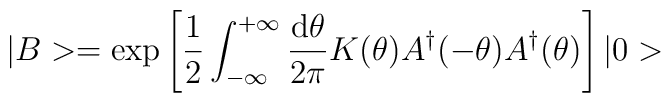
|B>=\exp\left[\frac{1}{2}\int_{-\infty}^{+\infty}\frac{\mbox{d}\theta}{2\pi}K(\theta)A^{\dagger}(-\theta)A^{\dagger}(\theta)\right]|0>